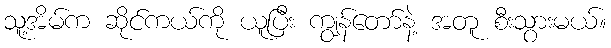
သူ့အိမ်က ဆိုင်ကယ်ကို ယူပြီး ကျွန်တော်နဲ့ အတူ စီးသွားမယ်။